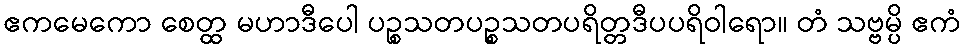
ဧကမေကော စေတ္ထ မဟာဒီပေါ ပဉ္စသတပဉ္စသတပရိတ္တဒီပပရိဝါရော။ တံ သဗ္ဗမ္ပိ ဧကံ